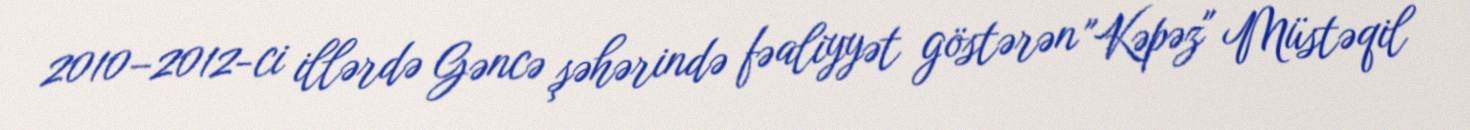
2010–2012-ci illərdə Gəncə şəhərində fəaliyyət göstərən "Kəpəz" Müstəqil